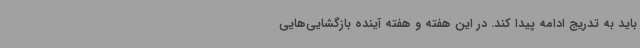
باید به تدریج ادامه پیدا کند. در این هفته و هفته آینده بازگشایی‌هایی